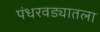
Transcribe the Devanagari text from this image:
पंधरवड्यातला